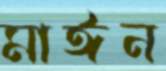
মাঈন